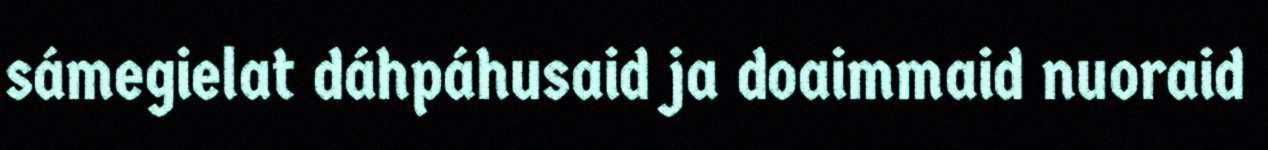
sámegielat dáhpáhusaid ja doaimmaid nuoraid